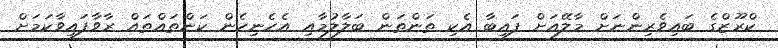
ކްރޫޒްގެ ބައިވެރިންނަށް މާލޭއަށް ފައިބާ އެކި ތަންތަން ބަލާލުމާއި އެހެނިހެން ކަންތައްތައް ރާވާފައިވާކަމަށް